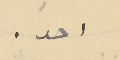
احد.